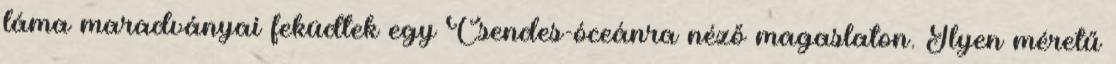
láma maradványai feküdtek egy Csendes-óceánra néző magaslaton. Ilyen méretű